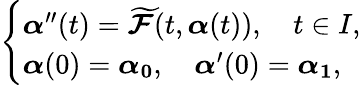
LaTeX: \left\{ \begin{array}{l}{\boldsymbol{\alpha}^{\prime\prime}(t)=\boldsymbol{\widetilde{\mathcal{F}}}(t,\boldsymbol{\alpha}(t)),\quad t\in I,}\\ {\boldsymbol{\alpha}(0)=\boldsymbol{\alpha_{0}},\quad\boldsymbol{\alpha}^{\prime}(0)=\boldsymbol{\alpha_{1}},}\end{array}\right.